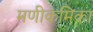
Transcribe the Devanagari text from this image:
मणीकमिका